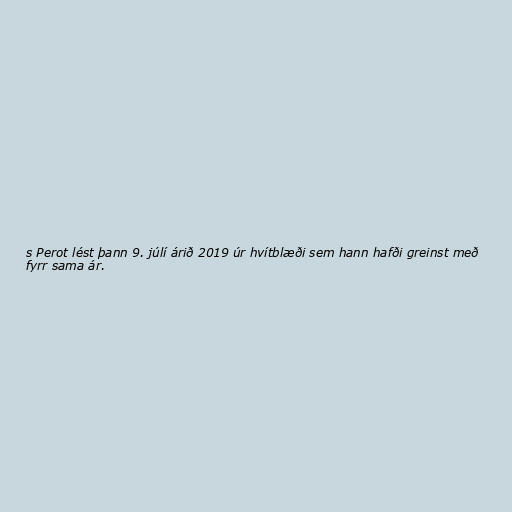
s Perot lést þann 9. júlí árið 2019 úr hvítblæði sem hann hafði greinst með
fyrr sama ár.